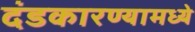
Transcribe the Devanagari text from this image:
दंडकारण्यामध्ये